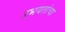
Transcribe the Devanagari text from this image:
उभयतांचा